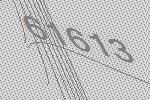
61613